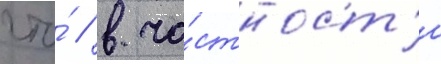
что́ / в ча́стност'и